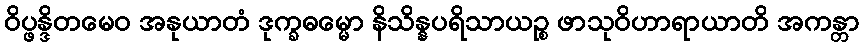
ဝိပ္ဖန္ဒိတမေဝ အနုယာတံ ဒုက္ခဓမ္မော နိသိန္နပရိသာယဉ္စ ဖာသုဝိဟာရာယာတိ အကန္တာ